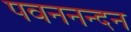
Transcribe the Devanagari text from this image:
पवननन्दन